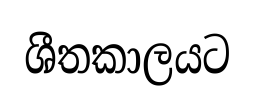
ශීතකාලයට